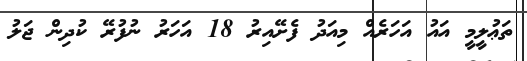
ތަޢުލީމީ އައު އަހަރެއް މިއަދު ފެށޭއިރު 18 އަހަރު ނުފުރޭ ކުދިން ޖަލު